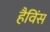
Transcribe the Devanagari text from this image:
हैविंस